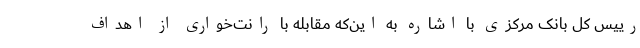
رییس کل بانک مرکزی با اشاره به این‌که مقابله با رانت‌خواری از اهداف